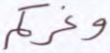
وغركم